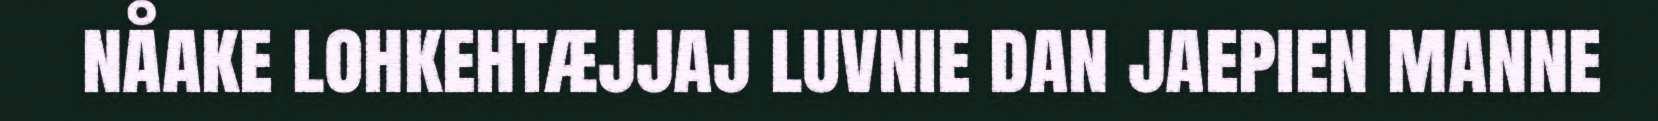
nåake lohkehtæjjaj luvnie dan jaepien manne